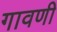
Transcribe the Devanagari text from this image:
गावणी